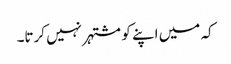
کہ میں اپنے کو مشتہر نہیں کرتا۔